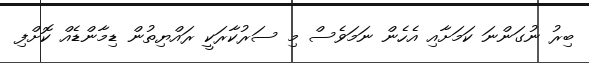
ބިރު ނުގަންނަ ކަމަށާއި އެހެން ނަމަވެސް މި ސަރުކާރަކީ ރައްޔިތުން ޑިމާންޑެއް ކޮށްފި